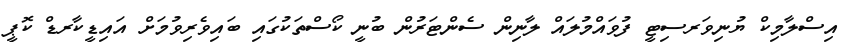
އިސްލާމިކް ޔުނިވަރސިޓީ ފުވައްމުލައް ލާނިން ސެންޓަރުން ބުނީ ކޯސްތަކުގައި ބައިވެރިވުމަށް އައިޑީކާރޑް ކޮޕީ